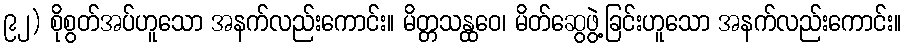
၉၂) စိုစွတ်အပ်ဟူသော အနက်လည်းကောင်း။ မိတ္တသန္ထဝေ၊ မိတ်ဆွေဖွဲ့ခြင်းဟူသော အနက်လည်းကောင်း။